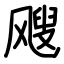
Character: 飕